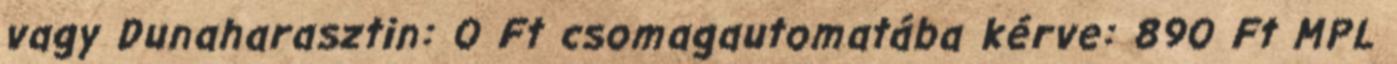
vagy Dunaharasztin: 0 Ft csomagautomatába kérve: 890 Ft MPL